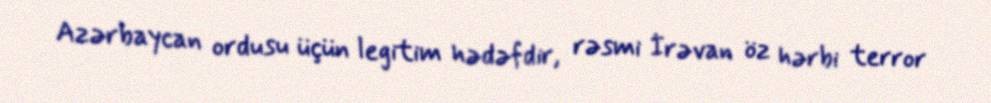
Azərbaycan ordusu üçün legitim hədəfdir, rəsmi İrəvan öz hərbi terror